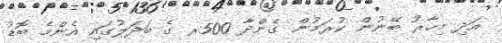
އަދި މިހާރު ބޭނުން ކުރަމުން ގެންދާ 500ރ ގެ ބަދަލުގައި އެންމެ ބޮޑު